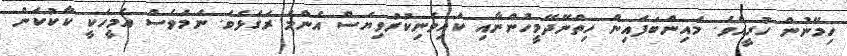
ހިމޭނުން ހުރީއެވެ. މައިންބަފައިން ހިތްނޭދޭމީހުންނާއި ކައިވެނިކުރުވިޔަސް އެންމެ ރަގަޅެވެ. ނަމަވެސް އެމީހަކީ ކާކުކަން